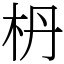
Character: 枬